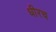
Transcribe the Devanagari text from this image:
धीरच